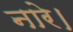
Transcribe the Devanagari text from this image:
नारे।